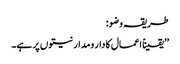
طریقہ وضو:
’’یقیناً اعمال کا دار ومدار نیتوں پر ہے۔